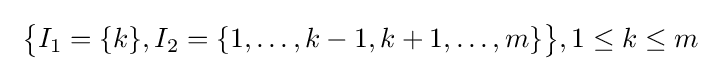
\;{\big \{}I_{1}=\{k\},I_{2}=\{1,\ldots ,k-1,k+1,\ldots ,m\}{\big \}},1\leq k\leq m